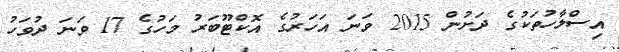
އިސްލާހުތަކުގެ ދަށުން 2015 ވަނަ އަހަރުގެ އޮކްޓޫބަރު މަހުގެ 17 ވަނަ ދުވަހު